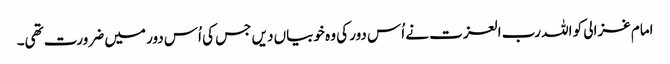
امام غزالی کو اللہ رب العزت نے اُس دور کی وہ خوبیاں دیں جس کی اُس دور میں ضرورت تھی۔